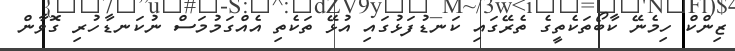
ޒިންކް ހިމެނޭ ކާބޯތަކެތީގެ ތެރޭގައި ކަނޑުފަޅުގައި އުޅޭ ތަކެތި އެއްގަމުމަސް ނުކަނޑާހުރި ގޮވާން